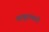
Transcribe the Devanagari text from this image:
तामुरामारो